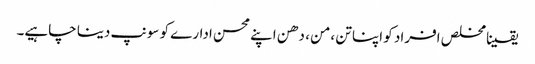
یقینا مخلص افراد کو اپنا تن ،من ، دھن اپنے محسن ادارے کو سونپ دینا چاہیے۔